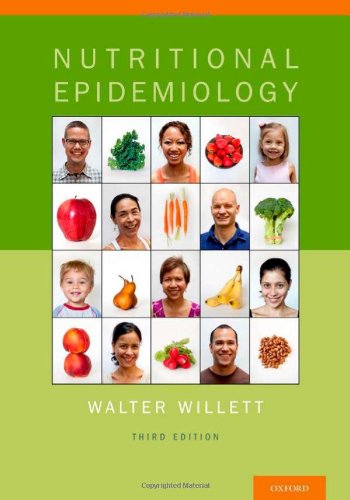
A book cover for Nutritional Epidemiology (Monographs in Epidemiology and Biostatistics); Walter Willett; Medical Books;